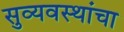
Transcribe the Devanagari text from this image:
सुव्यवस्थांचा